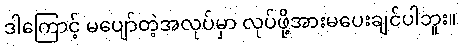
ဒါကြောင့် မပျော်တဲ့အလုပ်မှာ လုပ်ဖို့အားမပေးချင်ပါဘူး။